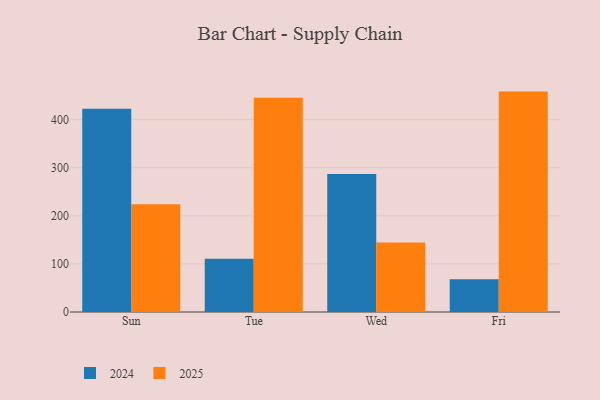
{"axis": {"x": "Day", "y": "Latency (ms)"}, "legend": ["2024", "2025"], "data": [{"x": "Sun", "y": 224.2, "type": "2025"}, {"x": "Sun", "y": 422.7, "type": "2024"}, {"x": "Tue", "y": 445.4, "type": "2025"}, {"x": "Tue", "y": 110.6, "type": "2024"}, {"x": "Wed", "y": 144.6, "type": "2025"}, {"x": "Wed", "y": 287.0, "type": "2024"}, {"x": "Fri", "y": 458.4, "type": "2025"}, {"x": "Fri", "y": 68.2, "type": "2024"}]}